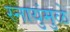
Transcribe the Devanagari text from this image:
स्नायुंमुळे